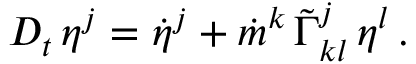
{ \cal D } _ { t } \, \eta ^ { j } = \dot { \eta } ^ { j } + \dot { m } ^ { k } \, \tilde { \Gamma } _ { k l } ^ { j } \, \eta ^ { l } \, .